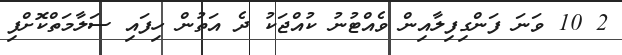
2 10 ވަނަ ފަންގިފިލާއިން ވެއްޓުނު ކުއްޖަކު ދެ އަތުން ހިފައި ސަލާމަތްކޮށްފި